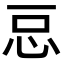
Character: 𭜓